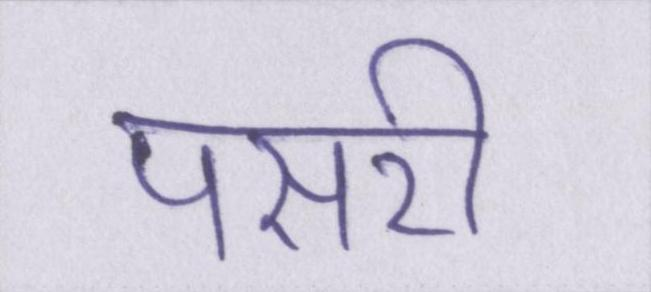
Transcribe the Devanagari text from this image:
पसरी